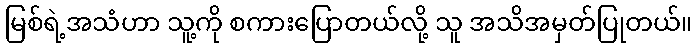
မြစ်ရဲ့အသံဟာ သူ့ကို စကားပြောတယ်လို့ သူ အသိအမှတ်ပြုတယ်။